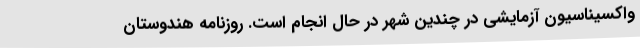
واکسیناسیون آزمایشی در چندین شهر در حال انجام است. روزنامه هندوستان